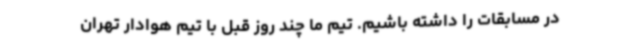
در مسابقات را داشته باشیم. تیم ما چند روز قبل با تیم هوادار تهران